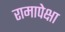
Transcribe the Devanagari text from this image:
रामापेक्षा